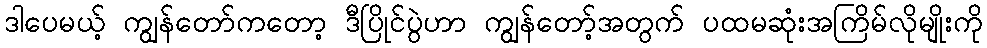
ဒါပေမယ့် ကျွန်တော်ကတော့ ဒီပြိုင်ပွဲဟာ ကျွန်တော့်အတွက် ပထမဆုံးအကြိမ်လိုမျိုးကို